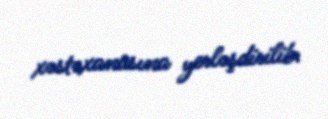
xəstəxanasına yerləşdirilib.